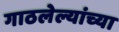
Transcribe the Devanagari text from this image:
गाठलेल्यांच्या